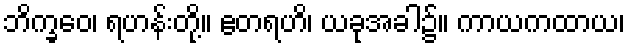
ဘိက္ခဝေ၊ ရဟန်းတို့။ ဧတရဟိ၊ ယခုအခါ၌။ ကာယကထာယ၊